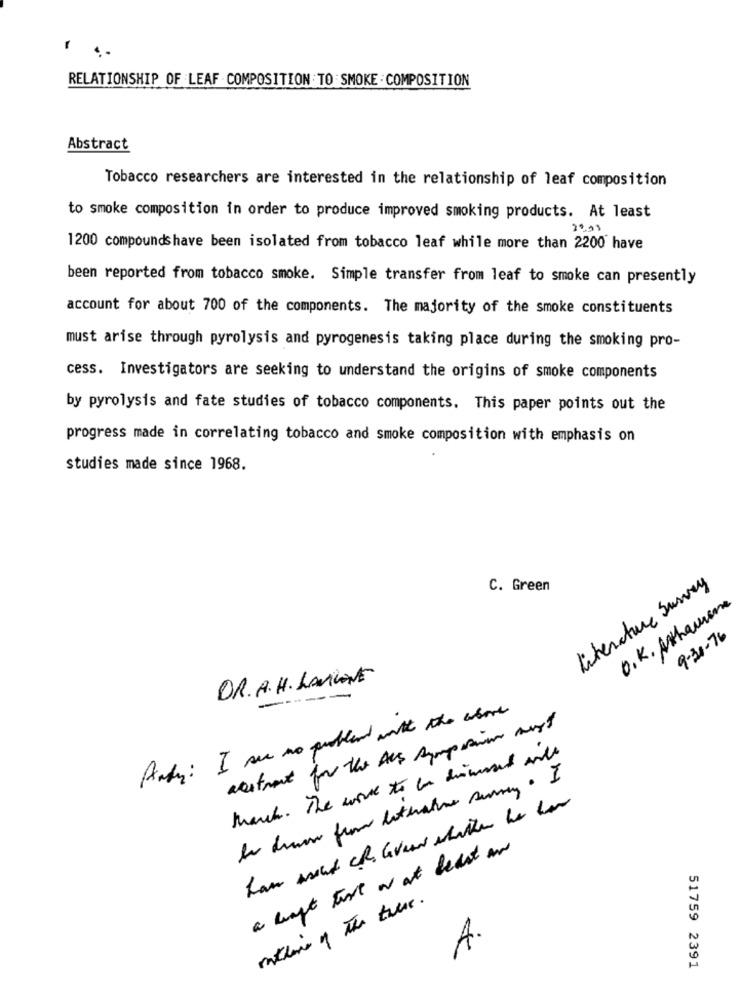
RELATIONSHIP OF LEAF -COMPOSITION TO SMOKE : COMPOSITION
Abstract
Tobacco researchers are interested in the relationship of leaf composition
to smoke composition in order to produce improved smoking products. At least
1200 compounds have been isolated from tobacco leaf while more than 2200 have
been reported from tobacco smoke. Simple transfer from leaf to smoke can presently
account for about 700 of the components. The majority of the smoke constituents
must arise through pyrolysis and pyrogenesis taking place during the smoking pro-
cess. Investigators are seeking to understand the origins of smoke components
by pyrolysis and fate studies of tobacco components. This paper points out the
progress made in correlating tobacco and smoke composition with emphasis on
studies made since 1968.
C. Green
Literature Survey
O.K. Athausen
9-30-76
DR.A.H. LAMILENE
Andy: I see no problem with the above
abstract for the Als sympasin most
March . The work to an discussed with
han went che aveww whether he has
a legt tart ar at least and
outline of the thexx.
A.
51759 2391